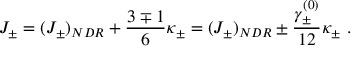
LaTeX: J _ { \pm } = ( J _ { \pm } ) _ { N D R } + \frac { 3 \mp 1 } { 6 } \kappa _ { \pm } = ( J _ { \pm } ) _ { N D R } \pm \frac { \gamma _ { \pm } ^ { ( 0 ) } } { 1 2 } \kappa _ { \pm } ~ .